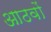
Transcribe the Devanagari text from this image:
आठवों